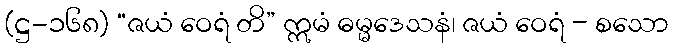
(ဋ္ဌ-၁၆၈) “ဇယံ ဝေရံ တိ” ဣမံ ဓမ္မဒေသနံ၊ ဇယံ ဝေရံ - စသော